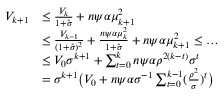
\begin{array} { r l } { V _ { k + 1 } } & { \leq \frac { V _ { k } } { 1 + \hat { \sigma } } + n \psi \alpha \mu _ { k + 1 } ^ { 2 } } \\ & { \leq \frac { V _ { k - 1 } } { ( 1 + \hat { \sigma } ) ^ { 2 } } + \frac { n \psi \alpha \mu _ { k } ^ { 2 } } { 1 + \hat { \sigma } } + n \psi \alpha \mu _ { k + 1 } ^ { 2 } \leq \dots } \\ & { \leq V _ { 0 } \sigma ^ { k + 1 } + \sum _ { t = 0 } ^ { k } { n \psi \alpha \rho ^ { 2 ( k - t ) } } \sigma ^ { t } } \\ & { = \sigma ^ { k + 1 } \big ( V _ { 0 } + n \psi \alpha \sigma ^ { - 1 } \sum _ { t = 0 } ^ { k - 1 } ( \frac { \rho ^ { 2 } } { \sigma } ) ^ { t } \big ) } \end{array}